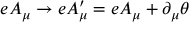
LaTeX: e A _ { \mu } \to e A _ { \mu } ^ { \prime } = e A _ { \mu } + \partial _ { \mu } \theta